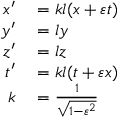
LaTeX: \begin{array} { r l } { x ^ { \prime } } & { { } = k l ( x + \varepsilon t ) } \\ { y ^ { \prime } } & { { } = l y } \\ { z ^ { \prime } } & { { } = l z } \\ { t ^ { \prime } } & { { } = k l ( t + \varepsilon x ) } \\ { k } & { { } = { \frac { 1 } { \sqrt { 1 - \varepsilon ^ { 2 } } } } } \end{array}